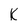
Character: K